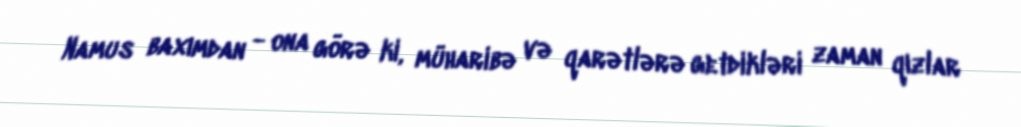
Namus baxımdan - ona görə ki, müharibə və qarətlərə getdikləri zaman qızlar